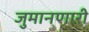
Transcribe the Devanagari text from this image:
जुमानणारी